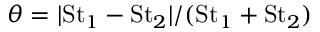
\theta = | \mathrm { S t } _ { 1 } - \mathrm { S t } _ { 2 } | / ( \mathrm { S t } _ { 1 } + \mathrm { S t } _ { 2 } )